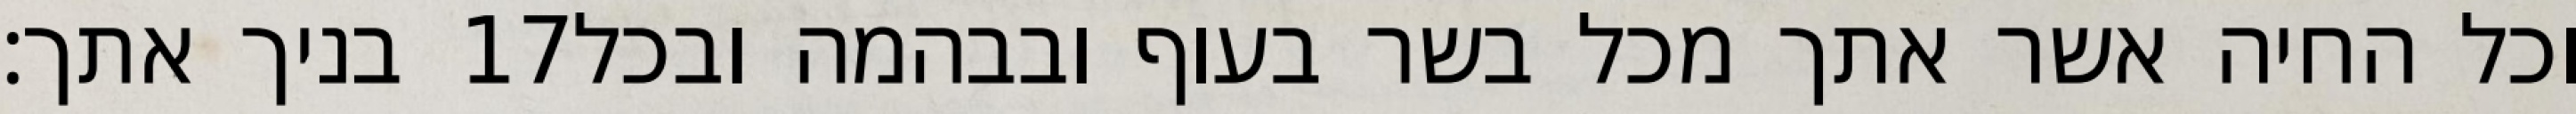
בניך אתך׃ ‎17‏ וכל החיה אשר אתך מכל בשר בעוף ובבהמה ובכל